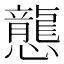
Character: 𢤲